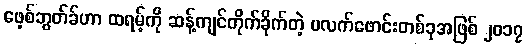
ဖေ့စ်ဘွတ်ခ်ဟာ ထရမ့်ကို ဆန့်ကျင်တိုက်ခိုက်တဲ့ ပလက်ဖောင်းတစ်ခုအဖြစ် ၂၀၁၇